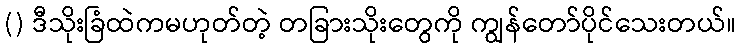
() ဒီသိုးခြံထဲကမဟုတ်တဲ့ တခြားသိုးတွေကို ကျွန်တော်ပိုင်သေးတယ်။